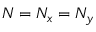
N = N _ { x } = N _ { y }